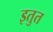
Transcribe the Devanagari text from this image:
इतुत